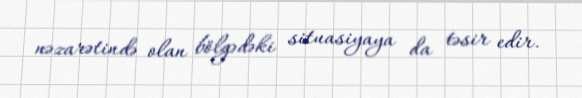
nəzarətində olan bölgədəki situasiyaya da təsir edir.